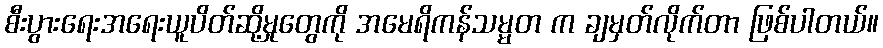
စီးပွားရေးအရေးယူပိတ်ဆို့မှုတွေကို အမေရိကန်သမ္မတ က ချမှတ်လိုက်တာ ဖြစ်ပါတယ်။